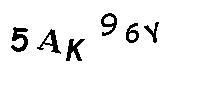
5AK96Y